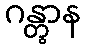
ဂန္တွာန